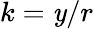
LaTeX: k=\mathit{y}/r